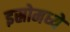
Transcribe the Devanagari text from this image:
इस्रोमध्ये